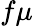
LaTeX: f\mu